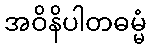
အဝိနိပါတဓမ္မံ